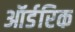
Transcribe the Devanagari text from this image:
ऑर्डरिक